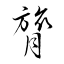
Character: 膂